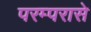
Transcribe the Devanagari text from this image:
परम्परासे